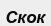
Скок